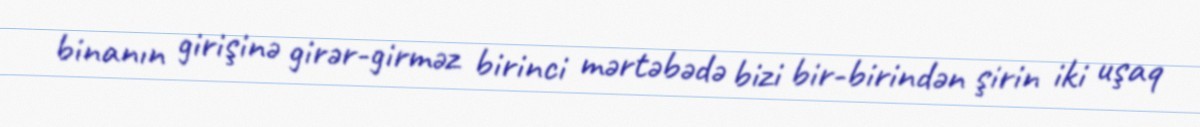
binanın girişinə girər-girməz birinci mərtəbədə bizi bir-birindən şirin iki uşaq